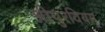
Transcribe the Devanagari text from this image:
श्रीपुरंवियम्